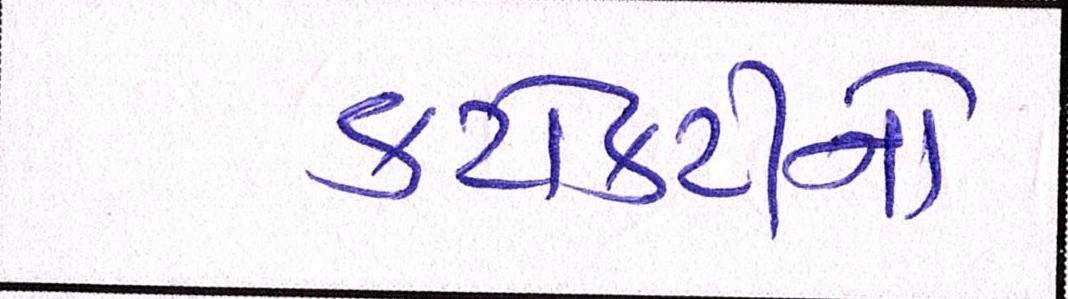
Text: કટોકટીનો